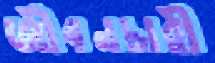
জীবনচারী